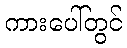
ကားပေါ်တွင်